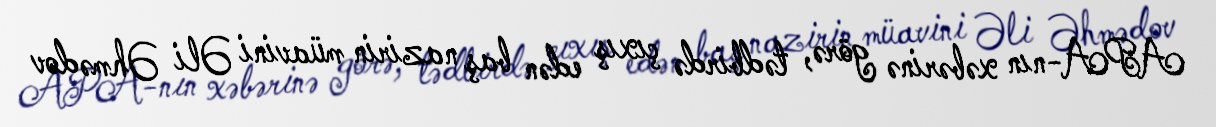
APA-nın xəbərinə görə, tədbirdə çıxış edən baş nazirin müavini Əli Əhmədov